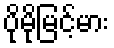
ပိုမိုမြင့်မား